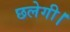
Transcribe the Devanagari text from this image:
छलेगी।